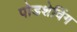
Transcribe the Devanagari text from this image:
पोडशेविंग